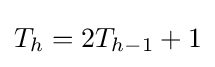
T_{h}=2T_{h-1}+1